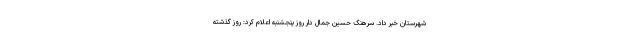
شهرستان خبر داد. سرهنگ حسین جمال دار روز پنجشنبه اعلام کرد: روز گذشته